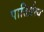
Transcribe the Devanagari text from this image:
पातिर्व्रत्य